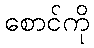
စောင်ကို